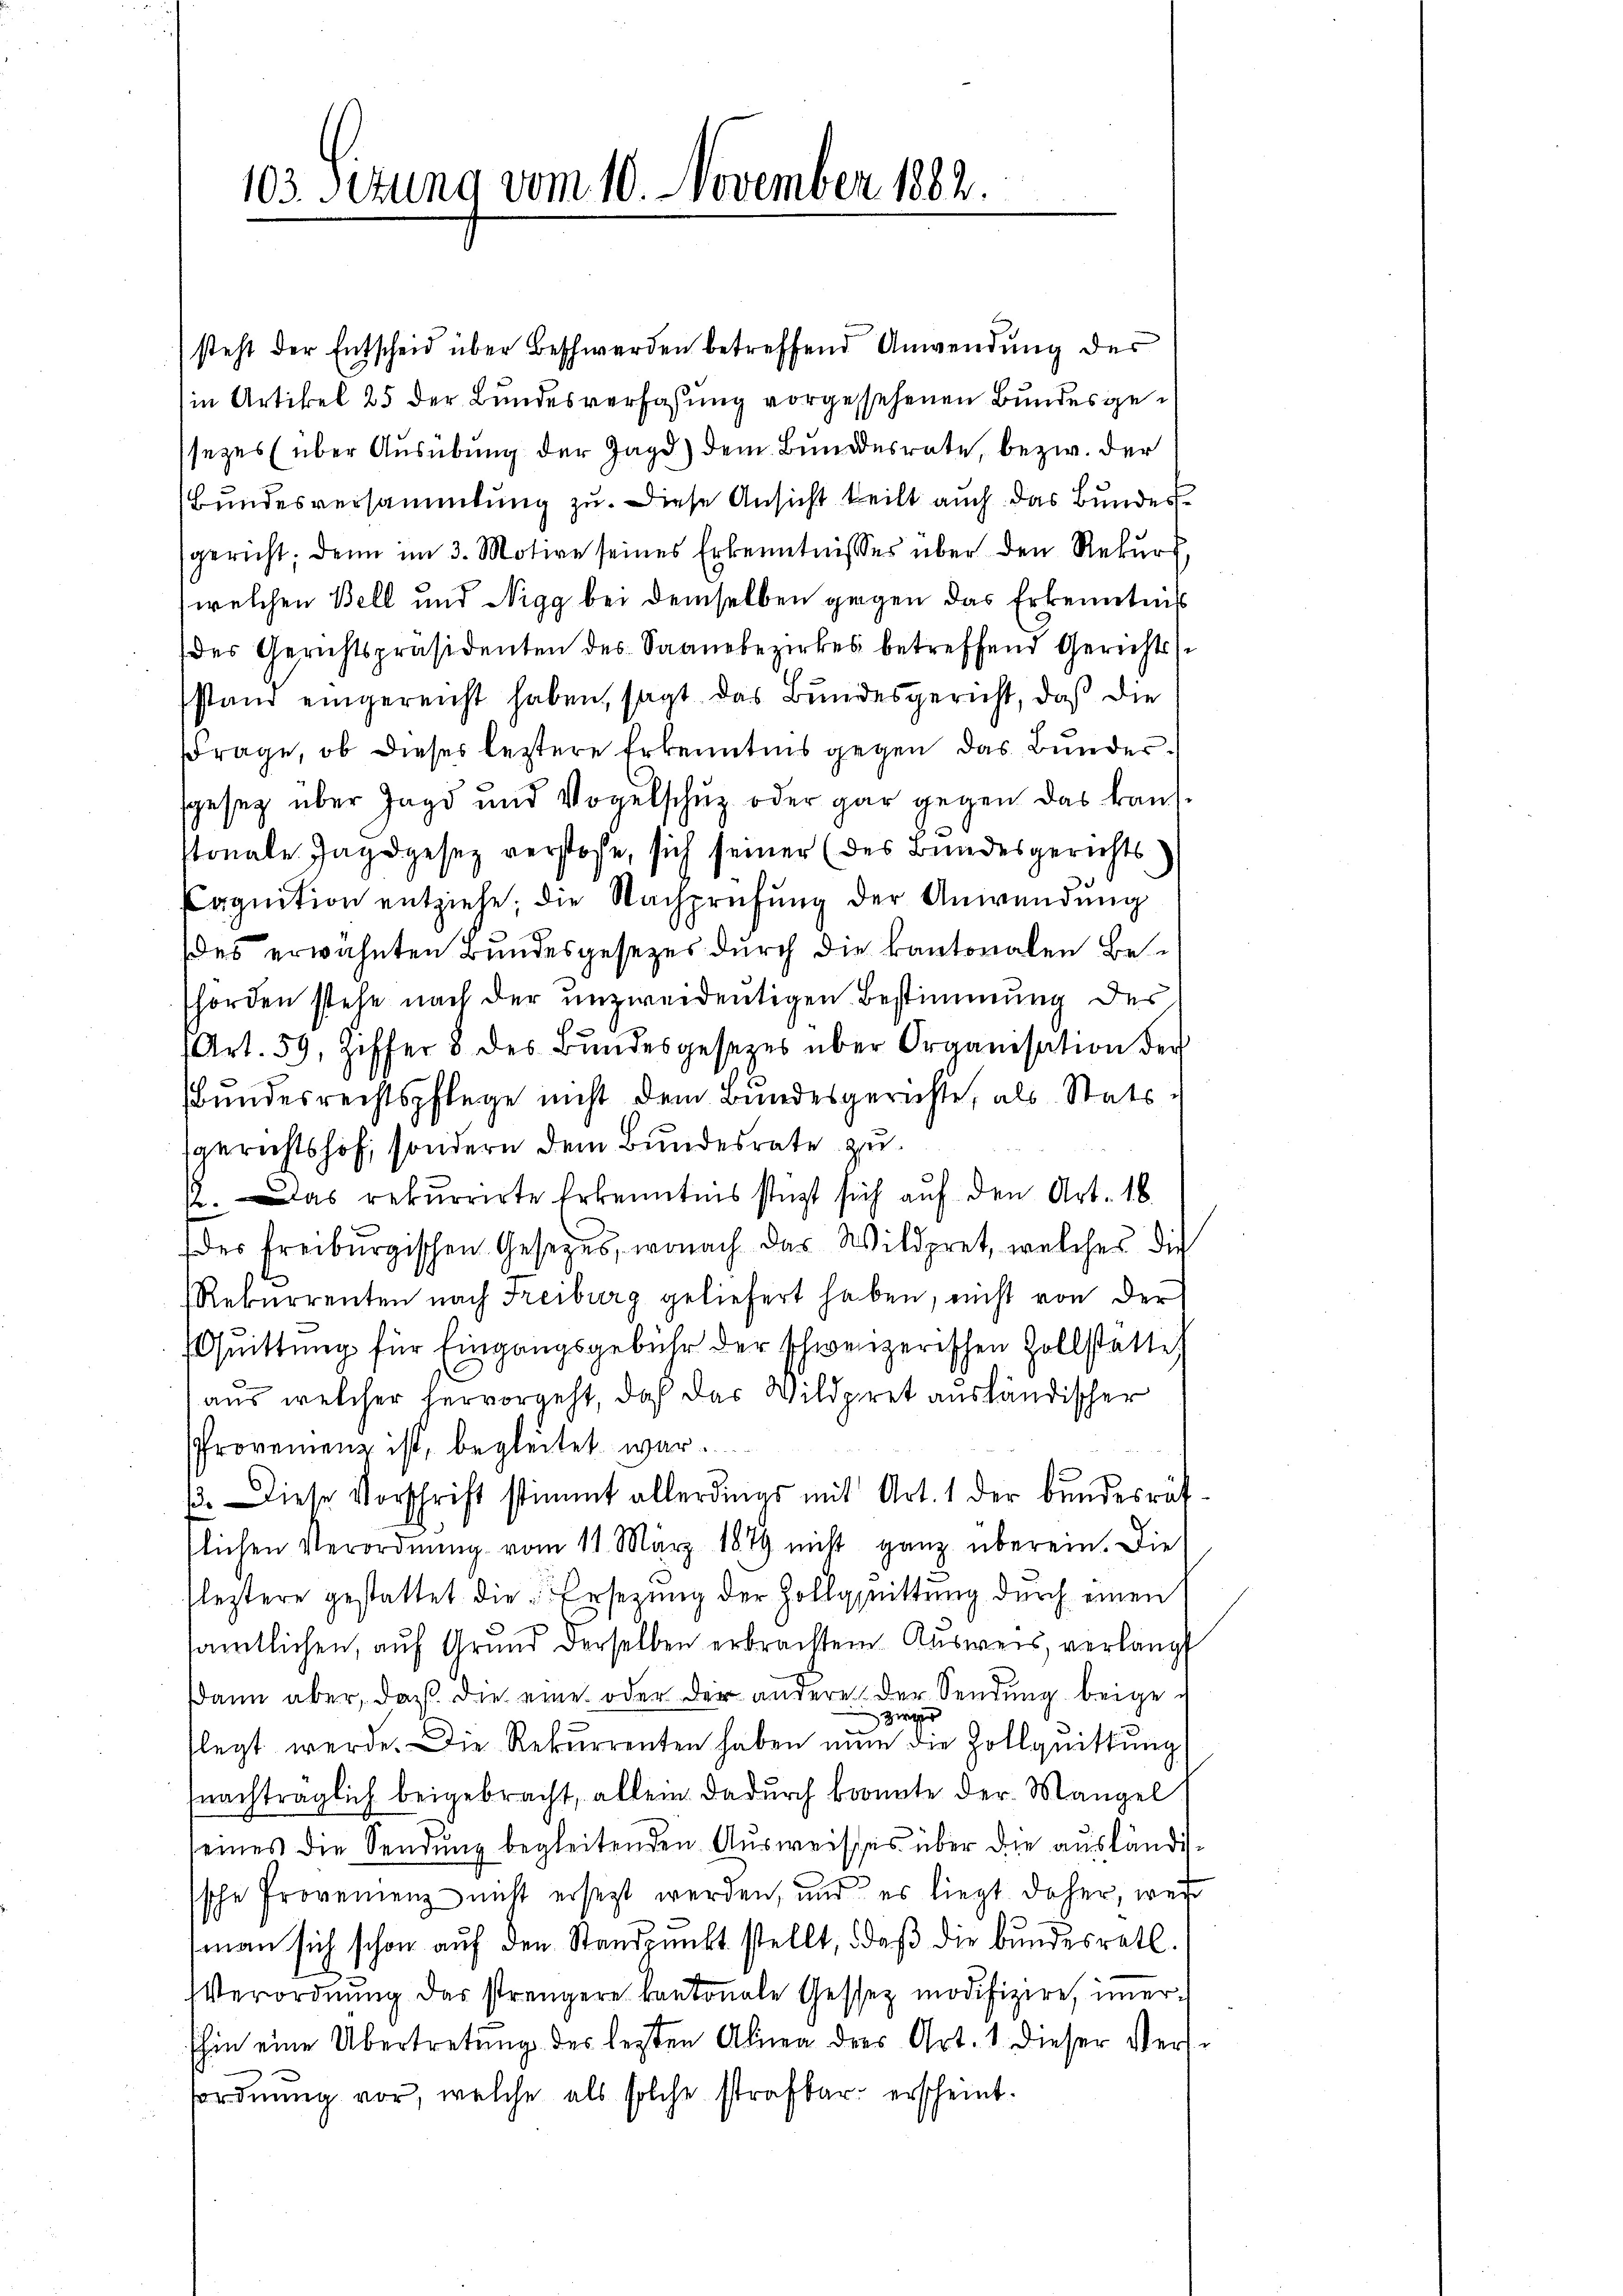
103. Sitzung vom 10. November 1882.

steht der Entscheid über Beschwerden betreffend Anwendung der
(in Artikel 25 der Bundesverfassung vorgesehenen Bundesgesezes über Ausübung der Jagd) dem Bundesrate, bezw. der
Bundesversammlung zu. Diese Ansicht teilt auch das Bundesgericht, denn im 3. Motive seines Erkenntnisses über den Rekŭrs
welchen Bell und Nigg bei demselben gegen das Erkenntnis
des Gerichtspräsidenten des Saanebezirkes betreffend Gerichts
stand eingereicht haben, sagt das Bundesgericht, daß die
Frage, ob dieses leztere Erkenntnis gegen das Bundersgeseg über Jagd und Vogelschŭz oder gar gegen das kauf
tonale Jagdgesetz verstoße, sich seiner (des Bundesgerichts
Cognition entziehe; die Nachprüfŭng der Anwendŭng
des erwähnten Bundesgesetzes durch die kantonalen Behorden stehe nach der unzweideutigen Bestimmung des
Art. 59, Ziffer 8 des Bŭndesgesezes über Organisation der
Bundesrechtspflege nicht dem Bundesgerichte, als Statssgerichtshof, sondern dem Bundesrate zu
2. Das rekurrirte Erkenntnis stüzt sich auf den Art. 16.
des Freiburgischen Gesetzes, wonach das Wildpret, welches die
Rekurrenten nach Freiburg geliefert haben, nicht von der
Quittung für Eingangsgebühr der schweizerischen Zollstatte,
aus welcher hervorgeht, daß das Wildpret ausländischer
PProvenenz ist, begleitet war.
13. Diese Vorschrift stimmt allerdings mit Art. 1 der bundesrät-
flichen Verordnung vom 11. März 1879 nicht ganz überein. Die
leztere gestattet die Ersezung der Zollquittung durch einen
sämtlichen, auf Grund derselben erbrachtem Ausweis, verlangt
Dann aber, daß die eine oder der andere der Sendung beigezwir
flegt werde. Die Rekurrenten haben nun die Zollquittung
nachträglich beigebracht, allein dadurch konnte der Mangel
eines die Sendung begleitenden Ausweisses über die ausländische Provenienz nicht ersezt werden, und es liegt daher, wei
man sich schon auf den Standpunkt stellt, daß die bundesrath.
Verordnŭng der strengere kantonale Gesser modifiziere, imershin eine Übertretung des lezten Alina des Art. 1 dieser Versfordnung vor, welche als solche strafbar erscheint.